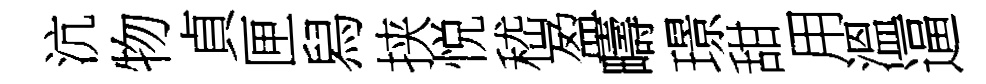
沆物貞匣舄挟悦嵇盈疇璟甜用溫逼